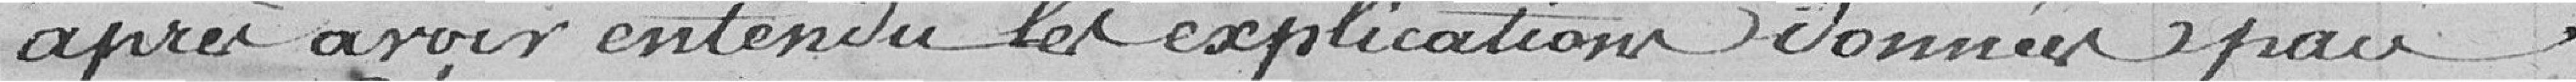
après avoir entendu les explications données par